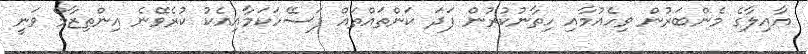
އާއިލާގެ މެންބަރުން ވިހެއުމާއި ހިތާނުކުރުން ފަދަ ކަންތައްތައް ފަސޭހަކަމާއިއެކު ކުރެވޭނެ އިންތިޒާމް ވަނީ